Civil Veterinary Department Bihar & Orissa reports 1911-21 - 1911-1921
Year: 1911
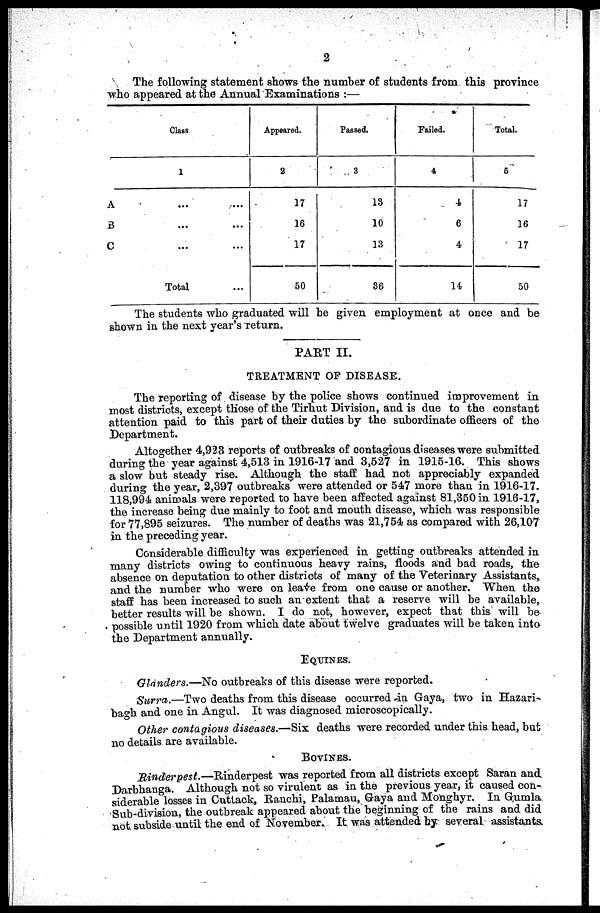
2
The following statement shows the number of students from this province
who appeared at the Annual Examinations :—
Class
1
A ... ...
B ... ...
C ... ...
Total ...
Appeared.
2
17
16
17
50
Passed.
3
13
10
13
36
Failed.
4
4
6
4
14
Total.
5
17
16
17
50
The students who graduated will be given employment at once and be
shown in the next year's return.
PAET II.
TREATMENT OF DISEASE.
The reporting of disease by the police shows continued improvement in
most districts, except those of the Tirhut Division, and is due to the constant
attention paid to this part of their duties by the subordinate officers of the
Department.
Altogether 4,923 reports of outbreaks of contagious diseases were submitted
during the year against 4,513 in 1916-17 and 3,527 in 1915-16. This shows
a slow but steady rise. Although the staff had not appreciably expanded
during the year, 2,397 outbreaks were attended or 547 more than in 1916-17.
118,994 animals were reported to have been affected against 81,350 in 1916-17,
the increase being due mainly to foot and mouth disease, which was responsible
for 77,895 seizures. The number of deaths was 21,754 as compared with 26,107
in the preceding year.
Considerable difficulty was experienced in getting outbreaks attended in
many districts owing to continuous heavy rains, floods and bad roads, the
absence on deputation to other districts of many of the Veterinary Assistants,
and the number who were on leave from one cause or another. When the
staff has been increased to such an extent that a reserve will be available,
better results will be shown. I do not, however, expect that this will be
possible until 1920 from which date about twelve graduates will be taken into
the Department annually.
EQUINES.
Glanders.—No outbreaks of this disease were reported.
Surra.—Two deaths from this disease occurred in Gaya, two in Hazari-
ba^h and one in Angul. It was diagnosed microscopically.
Other contagious diseases.—Six deaths were recorded under this head, but
no details are available.
BOVINES.
Rinderpest.—Rinderpest was reported from all districts except Saran and
Darbhanga. Although not so virulent as in the previous year, it caused con-
siderable losses in Cuttack, Ranchi, Palamau, Gaya and Monghyr. In Gumla
Sub-division, the outbreak appeared about the beginning of the rains and did
not subside until the end of November. It was attended by several assistants.